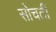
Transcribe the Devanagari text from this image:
सोचतीं